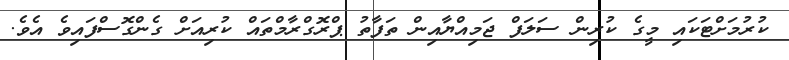
ކުރުމަށްޓަކައި މީގެ ކުރިން ސަލަފް ޖަމިއްޔާއިން ތަފާތު ޕްރޮގްރާމްތައް ކުރިއަށް ގެންގޮސްފައިވެ އެވެ.